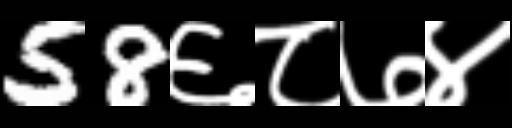
Text: 58६८७४